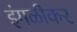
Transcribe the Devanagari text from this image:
इंगळीकर